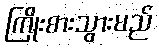
ကြိုးစားသွားမည်